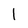
Character: 1